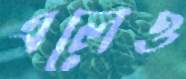
এলেও